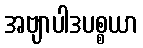
အဗျာပါဒပစ္စယာ